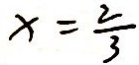
x = \frac { 2 } { 3 }